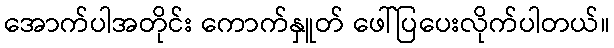
အောက်ပါအတိုင်း ကောက်နှူတ် ဖေါ်ပြပေးလိုက်ပါတယ်။